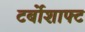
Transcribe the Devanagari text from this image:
टर्बोशाफ्ट